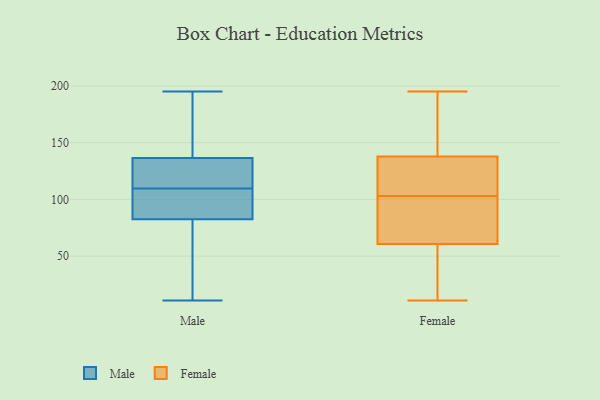
{"axis": {"x": "Tickets Resolved", "y": "Value"}, "legend": ["Female", "Male"], "data": [{"x": "", "y": 102, "type": "Male"}, {"x": "", "y": 137, "type": "Male"}, {"x": "", "y": 139, "type": "Male"}, {"x": "", "y": 121, "type": "Male"}, {"x": "", "y": 105, "type": "Male"}, {"x": "", "y": 136, "type": "Male"}, {"x": "", "y": 90, "type": "Male"}, {"x": "", "y": 106, "type": "Male"}, {"x": "", "y": 126, "type": "Male"}, {"x": "", "y": 195, "type": "Male"}, {"x": "", "y": 41, "type": "Male"}, {"x": "", "y": 11, "type": "Male"}, {"x": "", "y": 175, "type": "Male"}, {"x": "", "y": 33, "type": "Male"}, {"x": "", "y": 113, "type": "Male"}, {"x": "", "y": 75, "type": "Male"}, {"x": "", "y": 59, "type": "Female"}, {"x": "", "y": 28, "type": "Female"}, {"x": "", "y": 120, "type": "Female"}, {"x": "", "y": 195, "type": "Female"}, {"x": "", "y": 56, "type": "Female"}, {"x": "", "y": 130, "type": "Female"}, {"x": "", "y": 192, "type": "Female"}, {"x": "", "y": 35, "type": "Female"}, {"x": "", "y": 118, "type": "Female"}, {"x": "", "y": 137, "type": "Female"}, {"x": "", "y": 72, "type": "Female"}, {"x": "", "y": 145, "type": "Female"}, {"x": "", "y": 102, "type": "Female"}, {"x": "", "y": 169, "type": "Female"}, {"x": "", "y": 138, "type": "Female"}, {"x": "", "y": 103, "type": "Female"}, {"x": "", "y": 11, "type": "Female"}, {"x": "", "y": 101, "type": "Female"}, {"x": "", "y": 66, "type": "Female"}]}